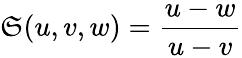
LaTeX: \mathfrak{S}(u,v,w)={\frac{{u-w}}{{u-v}}}